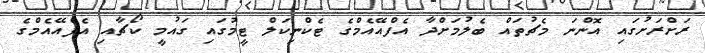
ރަށްރަށުގައި އޮންނަ މެޗުތައް ބެލުމަށްދާ އެފްއޭއެމްގެ ޓެކްނިކަލް ޓީމުގައި ގައުމީ ކޯޗާއި އެފްއޭއެމްގެ